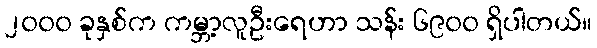
၂၀၀၀ ခုနှစ်က ကမ္ဘာ့လူဦးရေဟာ သန်း ၆၉၀၀ ရှိပါတယ်။